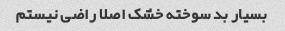
بسیار بد سوخته خشک اصلا راضی نیستم